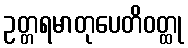
ဥတ္တရမာတုပေတိဝတ္ထု